Lunatic asylums Punjab 1895-1910 - 1895-1910
Year: 1895
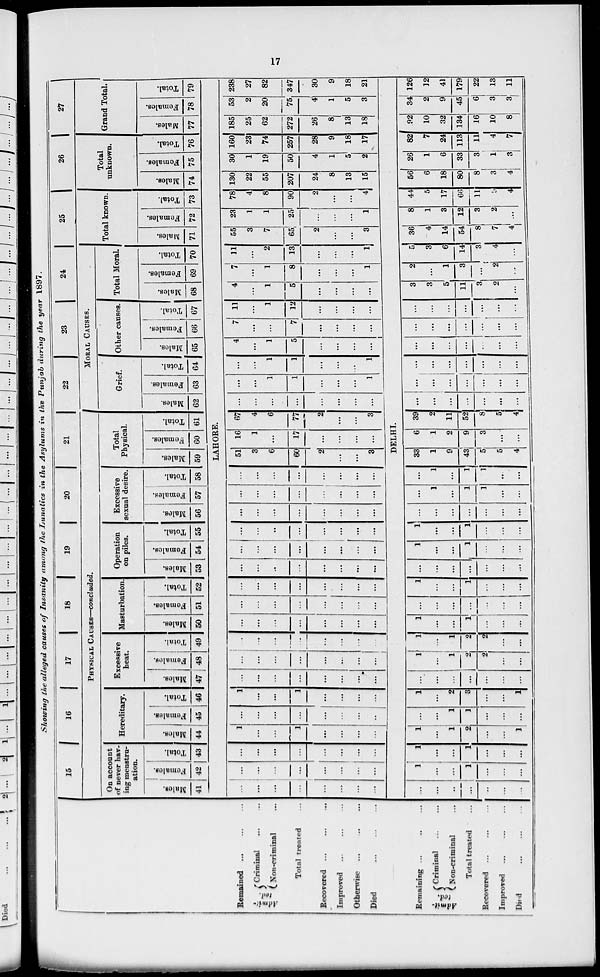
17
Showing the alleged causes of Insanity among the Lunatics in the Asylums in the Punjab during the year 1897.
Remained ... ... ...
Admit-
ted
Criminal
...
...
Non-criminal ...
Total treated ...
Recovered
...
...
...
Improved ... ... ...
Otherwise
...
...
...
Died
...
...
...
Remaining
...
...
...
Admit-
ted.
Criminal ... ...
Non-criminal ... ...
Total treated ...
Recovered
...
...
...
Improved ... ... ...
Died
...
...
...
15
16
17
18
19
20
21
PHYSICAL CAUSES—concluded.
On acconnt
of never hav-
ing menstru-
ation.
Males.
41
Females.
42
Total.
43
Hereditary.
Males.
44
Females.
45
Total.
46
Excessive
heat.
Males.
47
Females.
48
Total.
49
Masturbation.
Males.
50
Females.
51
Total.
52
Operation
on piles.
Males.
53
Females.
54
Total.
55
Excessive
sexual desire.
Males.
56
Females.
57
Total.
58
Total
Physical.
Males.
59
Females.
60
Total.
61
22
23
24
MORAL CAUSES.
Grief.
Males.
62
Females.
63
Total.
64
Other causes.
Males.
65
Females.
66
Total.
67
Total Moral
Males.
68
Females.
69
Total.
70
25
Total known.
Males.
71
Females.
72
Total.
73
26
Total
unknown.
Males.
74
Females.
75
Total.
76
27
Grand Total.
Males.
77
Females.
78
Total.
79
LAHORE.
...
...
...
...
...
...
...
...
...
...
...
...
...
...
...
...
...
...
...
...
...
...
...
...
1
...
...
1
...
...
...
...
...
...
...
...
...
...
...
...
1
...
...
1
...
...
...
...
...
...
...
...
...
...
...
...
...
...
...
...
...
...
...
...
...
...
...
...
...
...
...
...
...
...
...
...
...
...
...
...
...
...
...
...
...
...
...
...
...
...
...
...
...
...
...
...
...
...
...
...
...
...
...
...
...
...
...
...
...
...
...
...
...
...
...
...
...
...
...
...
...
...
...
...
...
...
...
...
...
...
...
...
...
...
...
...
...
...
...
...
...
...
...
51
3
6
60
2
...
...
3
16
1
...
17
...
...
...
...
67
4
6
77
2
...
...
3
...
...
...
...
...
...
...
...
...
...
1
1
...
...
...
1
...
...
1
1
...
...
...
1
4
...
1
5
...
...
...
...
7
...
...
7
...
...
...
...
11
...
1
12
...
...
...
...
4
...
1
5
...
...
...
...
7
...
1
8
...
...
...
1
11
...
2
13
...
...
...
1
55
3
7
65
2
...
...
3
23
1
1
25
...
...
1
78
4
8
90
2
...
...
4
130
22
55
207
24
8
13
15
30
1
19
50
4
1
5
2
160
23
74
257
28
9
18
17
185
25
62
272
26
8
13
18
53
2
20
75
4
1
5
3
238
27
82
347
30
9
18
21
DELHI.
...
...
...
...
...
...
...
1
...
...
1
...
...
...
1
...
...
1
...
...
...
1
...
1
2
...
...
1
...
...
1
1
...
...
...
1
...
2
3
...
...
1
...
...
...
...
...
...
1
...
1
2
2
...
...
1
...
1
2
2
...
...
1
...
...
1
...
...
...
...
...
...
...
...
...
...
1
...
...
1
...
...
...
...
...
...
...
...
...
...
1
...
...
1
...
...
...
1
...
...
1
...
...
...
...
...
...
...
...
...
...
...
1
...
1
1
...
...
...
1
...
1
1
...
...
33
1
9
43
5
5
4
6
1
2
9
3
...
...
39
2
11
52
8
5
4
...
...
...
...
...
...
...
...
...
...
...
...
...
...
...
...
...
...
...
...
...
...
...
...
...
...
...
...
...
...
...
...
...
...
...
...
...
...
...
...
...
....
3
3
5
11
3
2
...
2
...
1
3
...
2
5
3
6
14
3
4
...
36
4
14
54
8
7
4
8
1
3
12
3
2
...
44
5
17
66
11
9
4
56
6
18
80
8
3
4
26
1
6
33
3
1
3
82
7
24
113
11
4
7
92
10
32
134
16
10
8
34
2
9
45
6
3
3
126
12
41
179
22
13
11